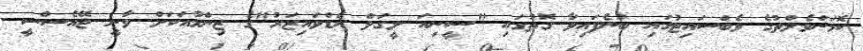
ކޮމަންވެލްތުގެ ވެބްސައިޓުގައި ބުނެފައިވާ ގޮތުގައި "ސީނިއަ ލީގަލް އެޑްވައިޒަރު"ގެ ޒިންމާއަކަށް ވާނީ ޖޭއެސްސީ